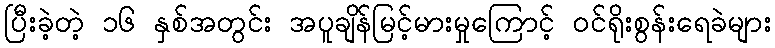
ပြီးခဲ့တဲ့ ၁၆ နှစ်အတွင်း အပူချိန်မြင့်မားမှုကြောင့် ဝင်ရိုးစွန်းရေခဲများ